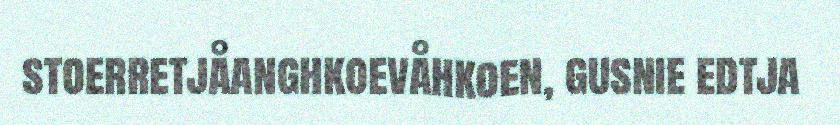
stoerretjåanghkoevåhkoen, gusnie edtja